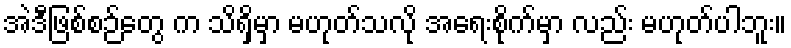
အဲဒီဖြစ်စဉ်တွေ က သိရှိမှာ မဟုတ်သလို အရေးစိုက်မှာ လည်း မဟုတ်ပါဘူး။